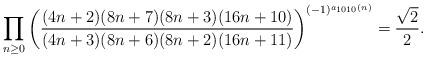
LaTeX: \begin{align*} \prod\limits_{n\geq 0} \bigg (\frac{(4n+2)(8n+7)(8n+3)(16n+10)}{(4n+3)(8n+6)(8n+2)(16n+11)} \bigg )^{(-1)^{a_{1010}(n)}}=\frac{\sqrt{2}}{2}. \end{align*}